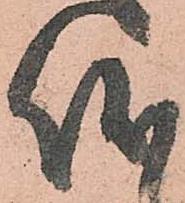
儀